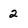
Character: 2